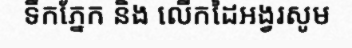
ទឹកភ្នែក និង លើកដៃអង្វរសូម